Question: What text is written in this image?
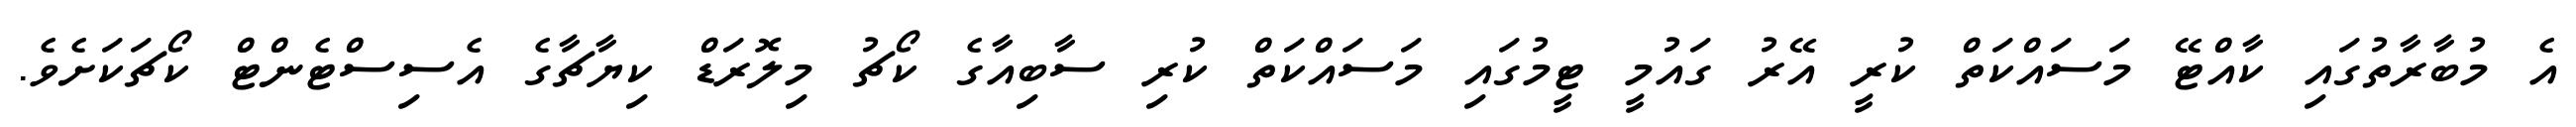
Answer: އެ މުބާރާތުގައި ކާއްޓޭ މަސައްކަތް ކުރީ އޭރު ގައުމީ ޓީމުގައި މަސައްކަތް ކުރި ސާބިއާގެ ކޯޗު މިލޮރަޑް ކިޔާޗާގެ އެސިސްޓެންޓް ކޯޗަކަށެވެ.